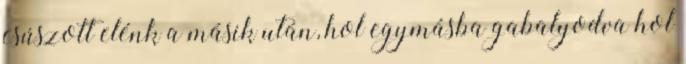
csúszott elénk a másik után, hol egymásba gabalyodva hol